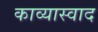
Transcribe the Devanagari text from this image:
काव्यास्वाद